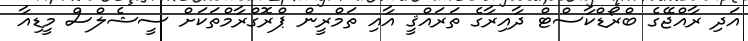
އަދި ރާއްޖޭގެ ބްރޯޑްކާސްޓް ދާއިރާގެ ތަރައްޤީ އާއި ތަމްރީން ޕްރޮގްރާމްތަކަށް ސީޝެލްސް މީޑިއާ